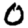
Digit: 0